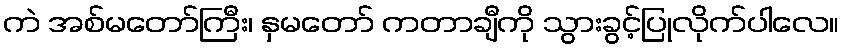
ကဲ အစ်မတော်ကြီး၊ နှမတော် ကတာချီကို သွားခွင့်ပြုလိုက်ပါလေ။